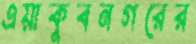
এয়াকুবনগরের